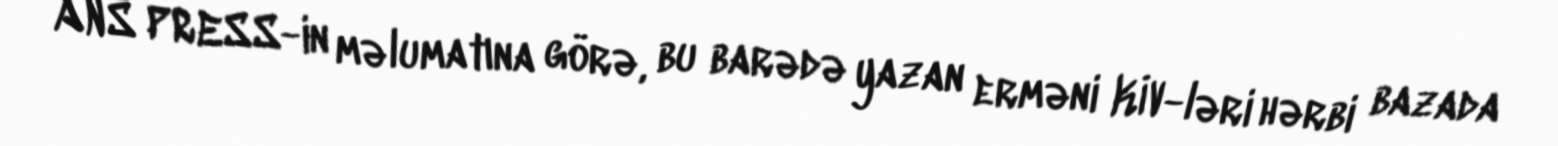
ANS PRESS-in məlumatına görə, bu barədə yazan erməni KİV-ləri hərbi bazada